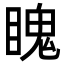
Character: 䁛